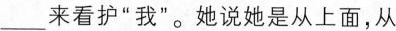
___来看护”我”。她说她是从上面，从